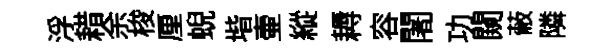
浮耤余梭厘蜺堦壷縱耨容闍功闚蔽隣